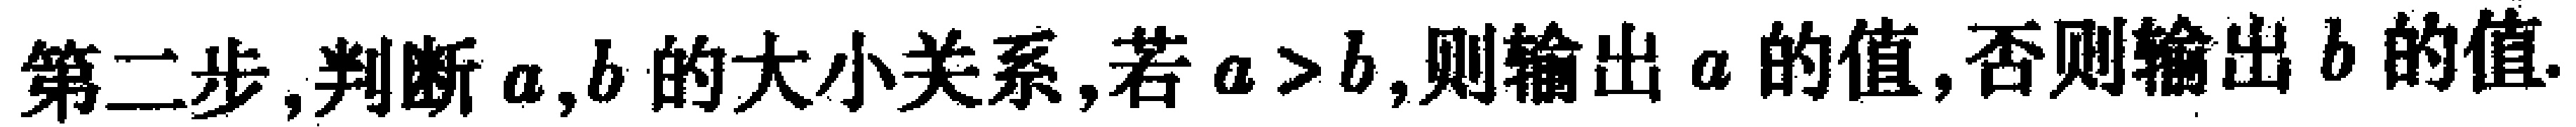
第二步,判断\(a,b\)的大小关系,若\(a > b\),则输出\(a\)的值,否则输出\(b\)的值.